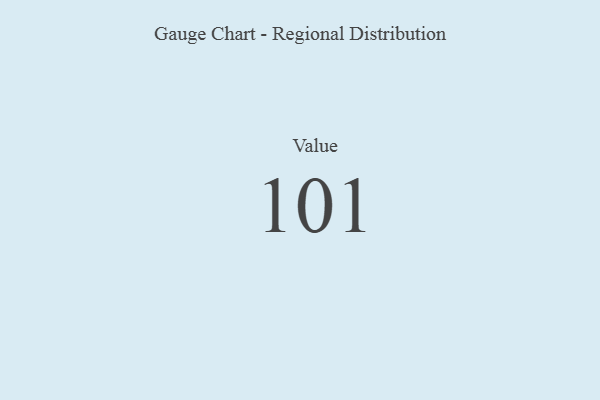
{"axis": {"x": "Metric", "y": "Value"}, "legend": [""], "data": [{"x": "Value", "y": 101, "type": ""}]}